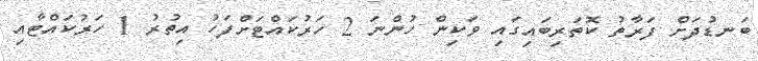
ބަނޑުދަށް ފަރާތު ކޮތަރިބައިގައި ވަކިން ހުންނަ 2 ހަރުކައްޓަށްފަހު އިތުރު 1 ހަރުކައްޓާއި